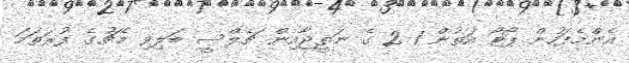
އެންމެފަހުން ޕޯޓޯ އަތުން 1-2 ގެ ނަތީޖާއިން ޗެލްސީ ބަލިވި މެޗުގެ ފުރަތަމަ